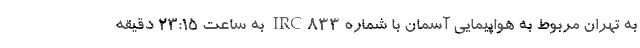
به تهران مربوط به هواپیمایی آسمان با شماره IRC۸۳۳ به ساعت ۲۳:۱۵ دقیقه